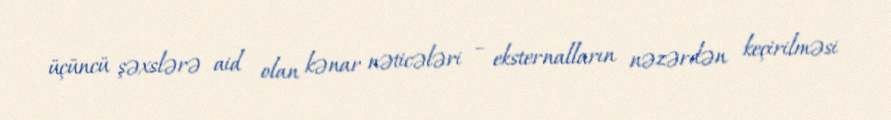
üçüncü şəxslərə aid olan kənar nəticələri – eksternalların nəzərdən keçirilməsi